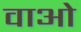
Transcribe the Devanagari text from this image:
वाओ